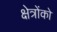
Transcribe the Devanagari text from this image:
क्षेत्रोंको